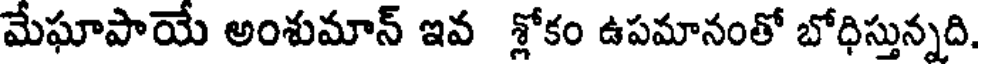
మేఘాపాయే అంశుమాన్ ఇవ శ్లోకం ఉపమానంతో బోధిస్తున్నది.